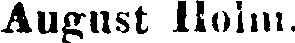
August Holm.